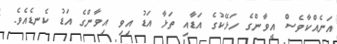
އަނެއްކާވެސް އީވާންގެ ހަޅޭކުގެ އަޑާއި ތަޅާ އަޑު އިވި އިވާންގެ އަޑު ކެނޑެއެވެ.